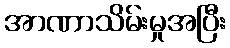
အာဏာသိမ်းမှုအပြီး